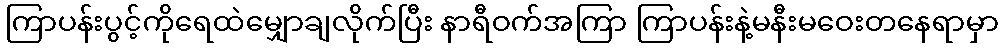
ကြာပန်းပွင့်ကိုရေထဲမျှောချလိုက်ပြီး နာရီဝက်အကြာ ကြာပန်းနဲ့မနီးမဝေးတနေရာမှာ